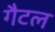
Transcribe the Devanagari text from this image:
गैटल